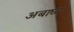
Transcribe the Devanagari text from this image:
अबाघ्य